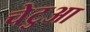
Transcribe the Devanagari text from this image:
चेटुआ